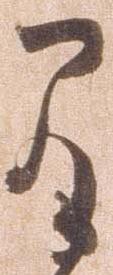
間